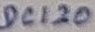
Text: DC120